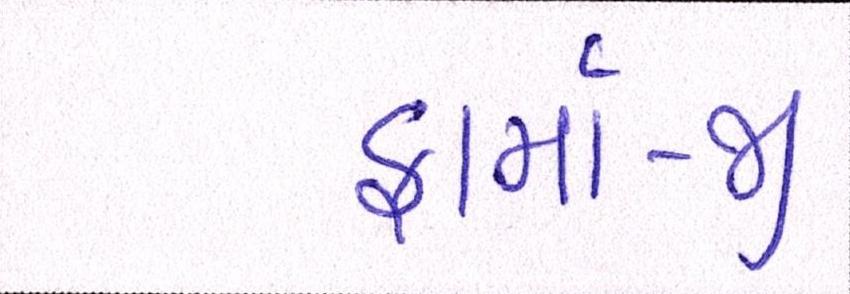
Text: ફાર્મા-જી